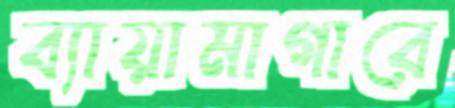
ব্যায়ামাগারে